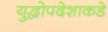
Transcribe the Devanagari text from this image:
युद्धोपदेशाकडे